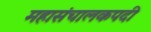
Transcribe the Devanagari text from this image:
महासंचालकपदी